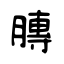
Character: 膞